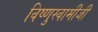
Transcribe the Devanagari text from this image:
विष्णुस्वामीजी